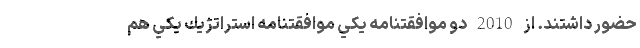
حضور داشتند. از 2010 دو موافقتنامه يكي موافقتنامه استراتژيك يكي هم